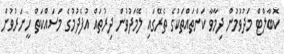
ކޮބާލްޓް މަދުވުމުން ދިމާވާ ކަންތައްތަކުގެ ތެރޭގައި ލޭމަދުވުން ދިރުތައް އުފެދުމުގެ މަސައްކަތް ހީނަރުވުން